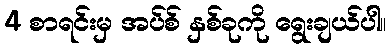
4 စာရင်းမှ အပ်စ် နှစ်ခုကို ရွေးချယ်ပါ။